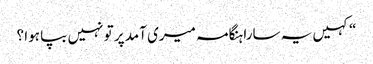
“کہیں یہ سارا ہنگامہ میری آمد پر تو نہیں بپا ہوا ؟